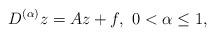
LaTeX: \begin{align*}D^{(\alpha)} z=Az + f,\ 0<\alpha \le 1,\end{align*}